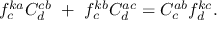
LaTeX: f _ { c } ^ { k a } C _ { d } ^ { c b } ~ + ~ f _ { c } ^ { k b } C _ { d } ^ { a c } = C _ { c } ^ { a b } f _ { d } ^ { k c } .